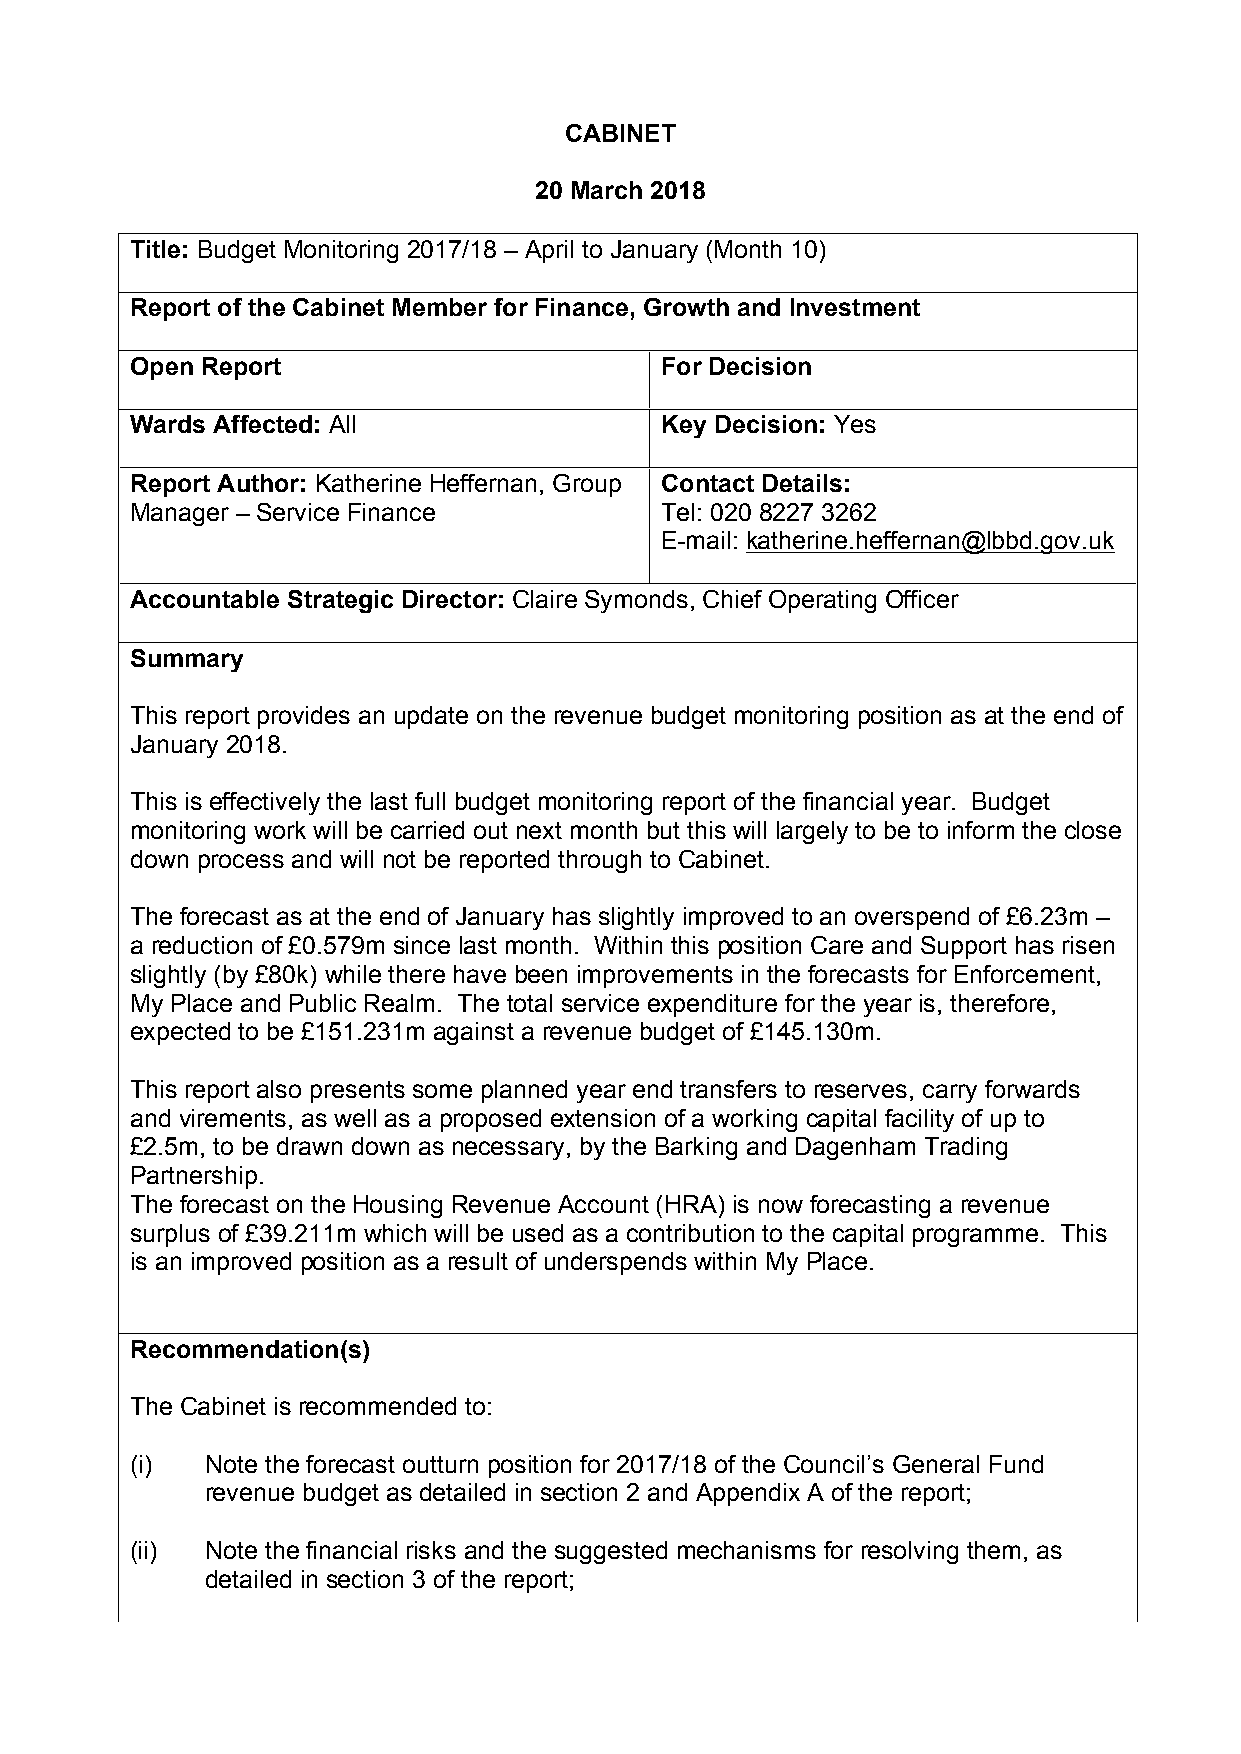
CABINET
 20 March 2018
 Title: Budget Monitoring 2017/18 – April to January (Month 10)
 Report of the Cabinet Member for Finance, Growth and Investment
 Open Report                        For Decision
 Wards Affected: All                Key Decision: Yes
 Report Author: Katherine Heffernan, Group Contact Details:
 Manager – Service Finance          Tel: 020 8227 3262
 E-mail: katherine.heffernan@lbbd.gov.uk
 Accountable Strategic Director: Claire Symonds, Chief Operating Officer
 Summary
 This report provides an update on the revenue budget monitoring position as at the end of
 January 2018.
 This is effectively the last full budget monitoring report of the financial year. Budget
 monitoring work will be carried out next month but this will largely to be to inform the close
 down process and will not be reported through to Cabinet.
 The forecast as at the end of January has slightly improved to an overspend of £6.23m –
 a reduction of £0.579m since last month. Within this position Care and Support has risen
 slightly (by £80k) while there have been improvements in the forecasts for Enforcement,
 My Place and Public Realm. The total service expenditure for the year is, therefore,
 expected to be £151.231m against a revenue budget of £145.130m.
 This report also presents some planned year end transfers to reserves, carry forwards
 and virements, as well as a proposed extension of a working capital facility of up to
 £2.5m, to be drawn down as necessary, by the Barking and Dagenham Trading
 Partnership.
 The forecast on the Housing Revenue Account (HRA) is now forecasting a revenue
 surplus of £39.211m which will be used as a contribution to the capital programme. This
 is an improved position as a result of underspends within My Place.
 Recommendation(s)
 The Cabinet is recommended to:
 (i)  Note the forecast outturn position for 2017/18 of the Council’s General Fund
 revenue budget as detailed in section 2 and Appendix A of the report;
 (ii) Note the financial risks and the suggested mechanisms for resolving them, as
 detailed in section 3 of the report;